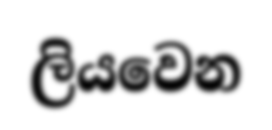
ලියවෙන